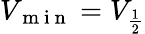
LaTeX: V_{\mathrm{~m~i~n~}}=V_{\frac{1}{2}}